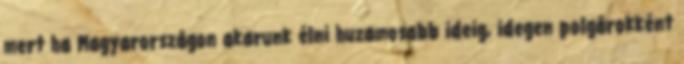
mert ha Magyarországon akarunk élni huzamosabb ideig, idegen polgárokként